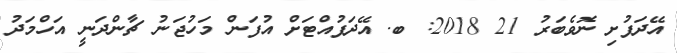
އޭދަފުށި ނޮވެބަރު 21 2018: ބ. އޭދަފުއްޓަށް އުފަން މަހުޖަނު ޗާންދަނީ އަހްމަދު